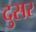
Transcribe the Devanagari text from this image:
दुसर